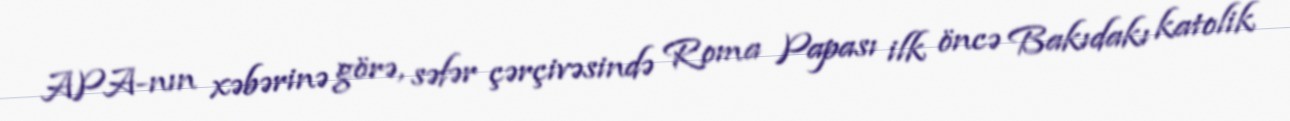
APA-nın xəbərinə görə, səfər çərçivəsində Roma Papası ilk öncə Bakıdakı katolik